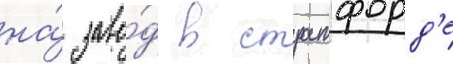
на́ заво́д в стратфорд'е